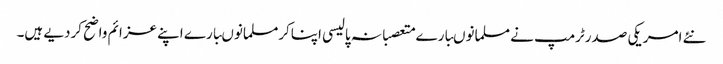
نئے امریکی صدرٹرمپ نے مسلمانوںبارے متعصبانہ پالیسی اپناکرمسلمانوںبارے اپنے عزائم واضح کردیے ہیں۔